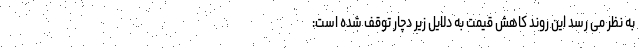
به نظر می رسد این روند کاهش قیمت به دلایل زیر دچار توقف شده است: